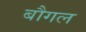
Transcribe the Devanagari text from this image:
बौगल